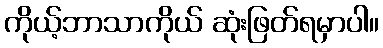
ကိုယ့်ဘာသာကိုယ် ဆုံးဖြတ်ရမှာပါ။